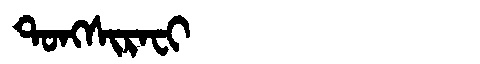
Manchu: ᡨᠣᠩᠰᡳᡵᠠᠸᡳ
Romanization: TONGSIRAFI